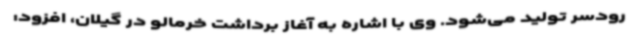
رودسر تولید می‌شود. وی با اشاره به آغاز برداشت خرمالو در گیلان، افزود: